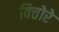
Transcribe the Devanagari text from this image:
वित्तोरे